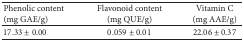
<table><thead><tr><td><b>Phenolic content (mg GAE/g)</b></td><td><b>Flavonoid content (mg QUE/g)</b></td><td><b>Vitamin C (mg AAE/g)</b></td></tr></thead><tbody><tr><td>17.33 ± 0.00</td><td>0.059 ± 0.01</td><td>22.06 ± 0.37</td></tr></tbody></table>